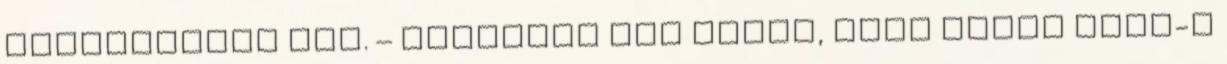
országokban sem. – Névtelen Nem tudom, hogy képes vagy-e